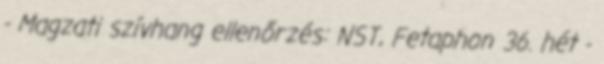
- Magzati szívhang ellenőrzés: NST, Fetaphon 36. hét -